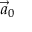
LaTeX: { \vec { a } } _ { 0 }